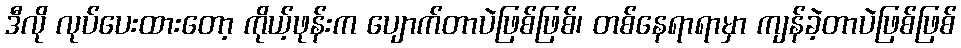
ဒီလို လုပ်ပေးထားတော့ ကိုယ့်ဖုန်းက ပျောက်တာပဲဖြစ်ဖြစ်၊ တစ်နေရာရာမှာ ကျန်ခဲ့တာပဲဖြစ်ဖြစ်